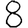
Digit: 8